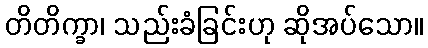
တိတိက္ခာ၊ သည်းခံခြင်းဟု ဆိုအပ်သော။